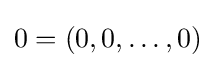
0=(0,0,\ldots ,0)